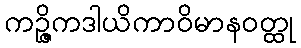
ကဉ္ဇိကဒါယိကာဝိမာနဝတ္ထု